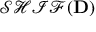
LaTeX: { \mathcal { S H I F } } ( \mathbf { D } )